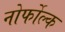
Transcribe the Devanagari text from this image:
नोर्फोल्क